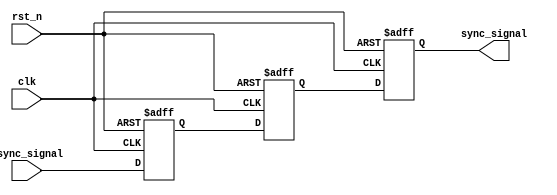
module master_slave_synchronizer (
    input wire clk,            // Clock signal
    input wire rst_n,          // Active low reset signal
    input wire async_signal,    // Asynchronous input signal to be synchronized
    output reg sync_signal      // Synchronized output signal
);

    // Internal signals for master and slave flip-flops
    reg master_ff;
    reg slave_ff;

    // Master Flip-Flop: Captures the input signal on the rising edge of the clock
    always @(posedge clk or negedge rst_n) begin
        if (!rst_n) begin
            master_ff <= 1'b0;  // Reset master flip-flop
        end else begin
            master_ff <= async_signal; // Sample asynchronous input
        end
    end

    // Slave Flip-Flop: Captures the output of the master on the falling edge of the clock
    always @(negedge clk or negedge rst_n) begin
        if (!rst_n) begin
            slave_ff <= 1'b0;  // Reset slave flip-flop
        end else begin
            slave_ff <= master_ff; // Sample master output
        end
    end

    // Output synchronized signal
    always @(posedge clk or negedge rst_n) begin
        if (!rst_n) begin
            sync_signal <= 1'b0; // Reset output signal
        end else begin
            sync_signal <= slave_ff; // Output the synchronized signal
        end
    end

endmodule